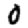
Digit: 0